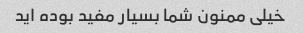
خیلی ممنون شما بسیار مفید بوده اید